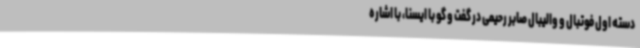
دسته اول فوتبال و والیبال صابر رحیمی در گفت و گو با ایسنا، با اشاره